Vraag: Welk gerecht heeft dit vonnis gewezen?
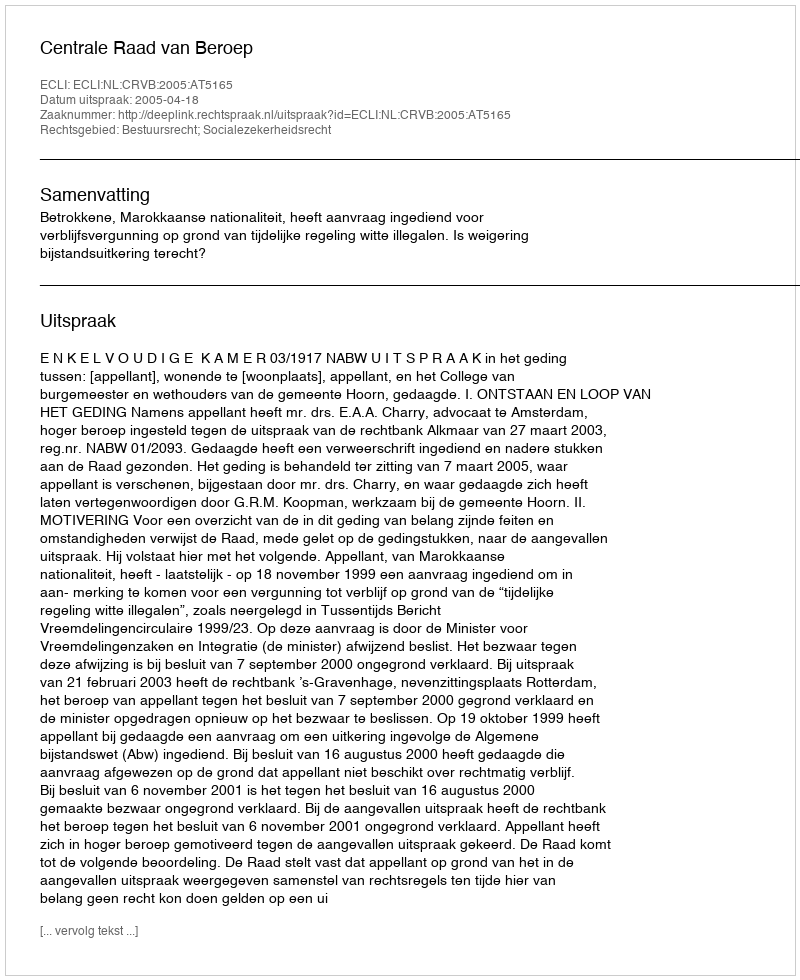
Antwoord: Centrale Raad van Beroep